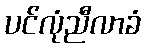
ပင်လုံညီလာခံ